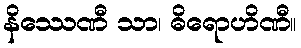
နိဿေဏီ သာ၊ ဓိရောဟိဏီ။